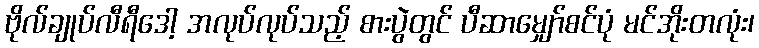
ဗိုလ်ချုပ်လီရီဒေါ့ အလုပ်လုပ်သည့် စားပွဲတွင် ပီဆာမျှော်စင်ပုံ မင်အိုးတလုံး၊